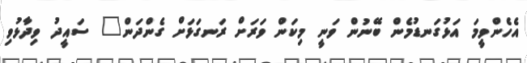
އެހެންވީމަ އަޅުގަނޑުމެން ބޭނުން ވަނީ މިކަން ވަރަށް ރަނގަޅަށް ގެންދަން" ސައީދު ވިދާޅުވި